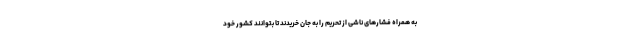
به همراه فشارهای ناشی از تحریم را به جان خریدند تا بتوانند کشور خود